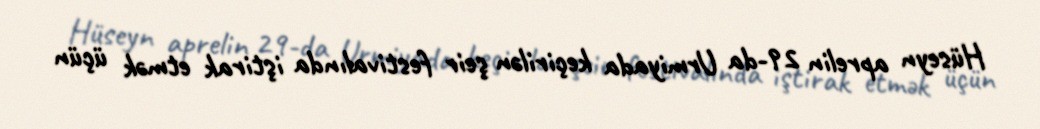
Hüseyn aprelin 29-da Urmiyada keçirilən şeir festivalında iştirak etmək üçün